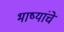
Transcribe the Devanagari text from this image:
भाष्यांचे